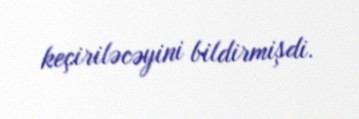
keçiriləcəyini bildirmişdi.